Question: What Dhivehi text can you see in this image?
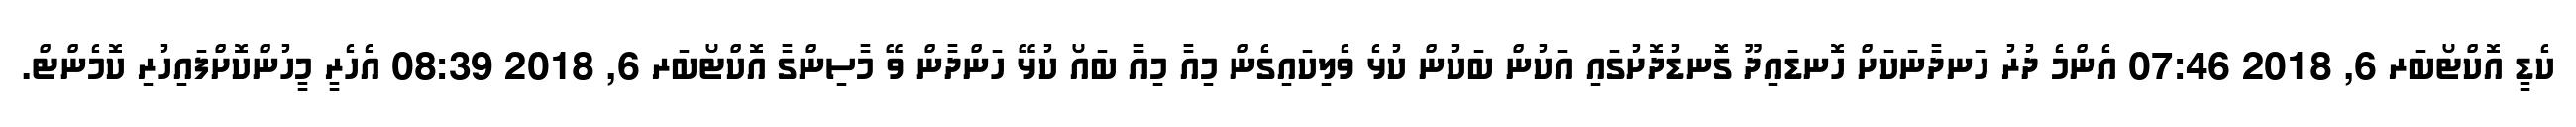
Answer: ކެޑީ އޮކްޓޯބަރ 6, 2018 07:46 އެންމެ ދުރު ހަނދާނަކަށް ހޮނޑައިދޫ ގޮނޑުދޮށުގައި އަކުން ބަކުން ކުޅެ ވެލިކައިގެން މިއާ މިއާ ބައޯ ކުޅޭ ހަންދާން ވޭ މާސިންގާ އޮކްޓޯބަރ 6, 2018 08:39 އެހެރީ މީހުންކޮށްފައިހުރި ކޮމެންޓް.